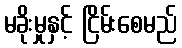
မခိုးမှုနှင့် ငြိမ်းစေမည်